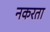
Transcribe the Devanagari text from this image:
नकरता